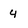
Character: 4